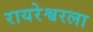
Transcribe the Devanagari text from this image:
रायरेश्वरला